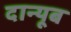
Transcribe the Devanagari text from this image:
दान्यूब